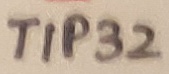
Text: TIP32